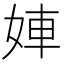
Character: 𡝀